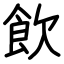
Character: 飲